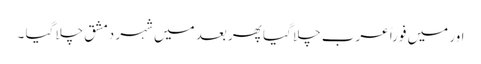
اور میں فوراً عرب چلا گیا پھر بعد میں شہر دمشق چلا گیا ۔